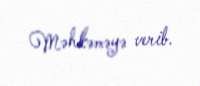
Məhkəməyə verib.